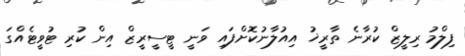
ފިލްމު ރިލީޒް ކުރާނެ ތާރީޚު އިއުލާނުކޮށްފައި ވަނީ ޓީސީރީޒް އިން ކުރި ޓުވީޓެއްގަ